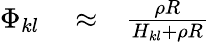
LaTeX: \begin{array}{rlr}{\Phi_{kl}}&{{}\approx}&{\frac{\rho R}{H_{kl}+\rho R}}\end{array}